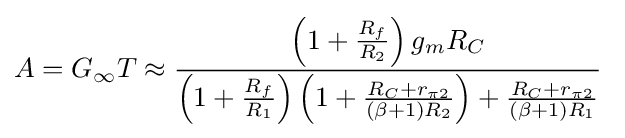
A=G_{\infty }T\approx {\frac {\left(1+{\frac {R_{f}}{R_{2}}}\right)g_{m}R_{C}}{\left(1+{\frac {R_{f}}{R_{1}}}\right)\left(1+{\frac {R_{C}+r_{\pi 2}}{(\beta +1)R_{2}}}\right)+{\frac {R_{C}+r_{\pi 2}}{(\beta +1)R_{1}}}}}\